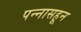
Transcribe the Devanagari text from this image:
पन्‍नासहून